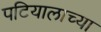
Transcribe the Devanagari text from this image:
पटियालाच्या